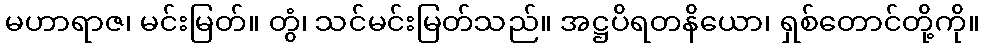
မဟာရာဇ၊ မင်းမြတ်။ တွံ၊ သင်မင်းမြတ်သည်။ အဋ္ဌပိရတနိယော၊ ရှစ်တောင်တို့ကို။